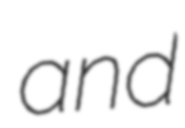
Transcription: and